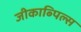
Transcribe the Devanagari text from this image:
जीकाब्पिल्स